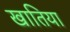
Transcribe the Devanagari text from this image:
खातिया